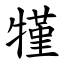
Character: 㹏